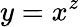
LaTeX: y=x^{z}